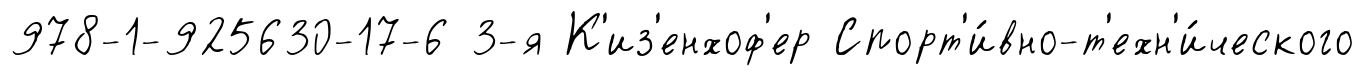
978-1-925630-17-6 3-я К'из'енхоф'ер Спорт'и́вно-т'ехн'и́ческого